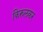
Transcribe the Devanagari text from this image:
किरुलकर